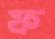
ফ